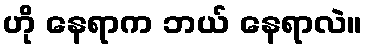
ဟို နေရာက ဘယ် နေရာလဲ။